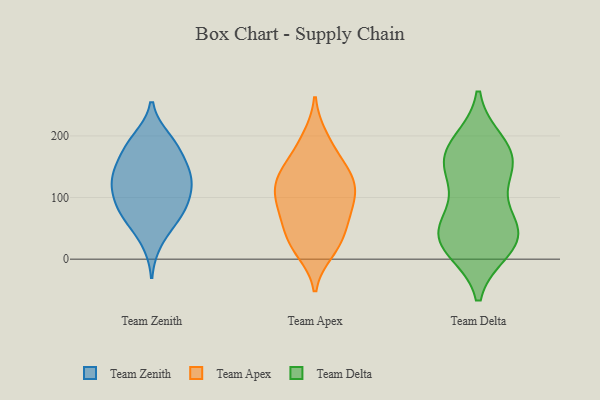
{"axis": {"x": "Churn Rate (%)", "y": "Value"}, "legend": ["Team Apex", "Team Delta", "Team Zenith"], "data": [{"x": "", "y": 180, "type": "Team Zenith"}, {"x": "", "y": 161, "type": "Team Zenith"}, {"x": "", "y": 132, "type": "Team Zenith"}, {"x": "", "y": 196, "type": "Team Zenith"}, {"x": "", "y": 65, "type": "Team Zenith"}, {"x": "", "y": 82, "type": "Team Zenith"}, {"x": "", "y": 102, "type": "Team Zenith"}, {"x": "", "y": 77, "type": "Team Zenith"}, {"x": "", "y": 194, "type": "Team Zenith"}, {"x": "", "y": 135, "type": "Team Zenith"}, {"x": "", "y": 134, "type": "Team Zenith"}, {"x": "", "y": 28, "type": "Team Zenith"}, {"x": "", "y": 64, "type": "Team Zenith"}, {"x": "", "y": 165, "type": "Team Zenith"}, {"x": "", "y": 124, "type": "Team Zenith"}, {"x": "", "y": 122, "type": "Team Zenith"}, {"x": "", "y": 96, "type": "Team Zenith"}, {"x": "", "y": 124, "type": "Team Apex"}, {"x": "", "y": 77, "type": "Team Apex"}, {"x": "", "y": 155, "type": "Team Apex"}, {"x": "", "y": 141, "type": "Team Apex"}, {"x": "", "y": 198, "type": "Team Apex"}, {"x": "", "y": 36, "type": "Team Apex"}, {"x": "", "y": 23, "type": "Team Apex"}, {"x": "", "y": 118, "type": "Team Apex"}, {"x": "", "y": 57, "type": "Team Apex"}, {"x": "", "y": 59, "type": "Team Apex"}, {"x": "", "y": 151, "type": "Team Apex"}, {"x": "", "y": 20, "type": "Team Apex"}, {"x": "", "y": 124, "type": "Team Apex"}, {"x": "", "y": 120, "type": "Team Apex"}, {"x": "", "y": 89, "type": "Team Apex"}, {"x": "", "y": 188, "type": "Team Apex"}, {"x": "", "y": 13, "type": "Team Apex"}, {"x": "", "y": 86, "type": "Team Apex"}, {"x": "", "y": 100, "type": "Team Apex"}, {"x": "", "y": 153, "type": "Team Delta"}, {"x": "", "y": 23, "type": "Team Delta"}, {"x": "", "y": 37, "type": "Team Delta"}, {"x": "", "y": 17, "type": "Team Delta"}, {"x": "", "y": 33, "type": "Team Delta"}, {"x": "", "y": 50, "type": "Team Delta"}, {"x": "", "y": 188, "type": "Team Delta"}, {"x": "", "y": 76, "type": "Team Delta"}, {"x": "", "y": 43, "type": "Team Delta"}, {"x": "", "y": 172, "type": "Team Delta"}, {"x": "", "y": 176, "type": "Team Delta"}, {"x": "", "y": 151, "type": "Team Delta"}, {"x": "", "y": 132, "type": "Team Delta"}]}